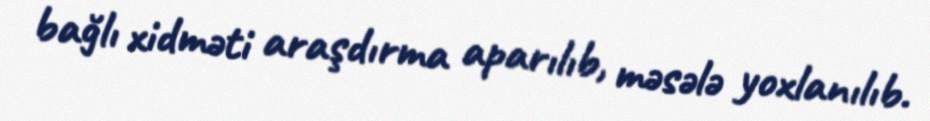
bağlı xidməti araşdırma aparılıb, məsələ yoxlanılıb.